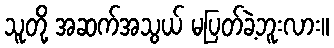
သူတို့ အဆက်အသွယ် မပြတ်ခဲ့ဘူးလား။